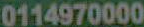
0114970000